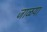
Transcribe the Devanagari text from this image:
जाळया